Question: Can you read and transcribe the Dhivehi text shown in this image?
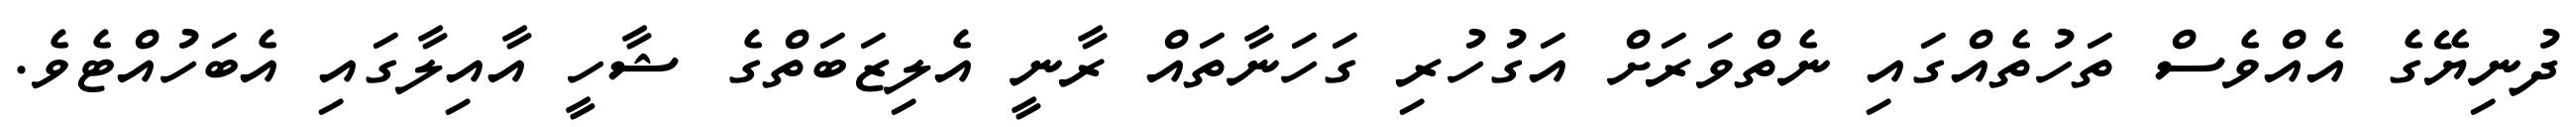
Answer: ދުނިޔޭގެ އެއްވެސް ތަހުތެއްގައި ނެތްވަރަށް އަގުހުރި ގަހަނާތައް ރާނީ އެލިޒަބަތްގެ ޝާހީ އާއިލާގައި އެބަހުއްޓެވެ.